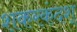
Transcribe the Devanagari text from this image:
शकरकंदश्